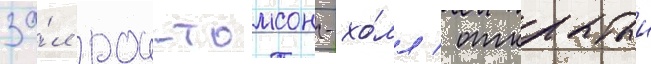
за́л рои-томсон-хо́лл / открытыи